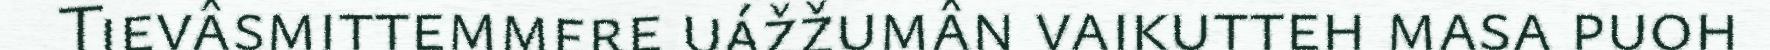
Tievâsmittemmere uážžumân vaikutteh masa puoh